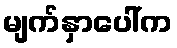
မျက်နှာပေါ်က